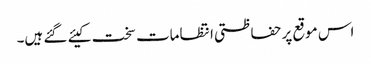
اس موقع پر حفاظتی انتظامات سخت کیئے گئے ہیں۔